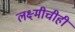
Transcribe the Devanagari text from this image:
लक्ष्मीचीही